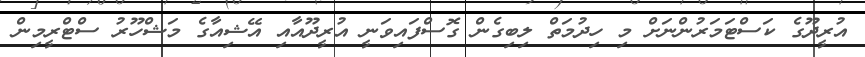
އުރީދޫގެ ކަސްޓަމަރުންނަށް މި ހިދުމަތް ލިބިގެން ގޮސްފައިވަނީ އުރީދޫއާއި އޭޝިއާގެ މަޝްހޫރު ސްޓްރީމިން